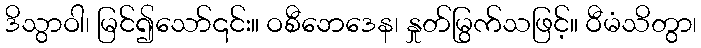
ဒိသွာဝါ၊ မြင်၍သော်၎င်း။ ဝစီဘေဒေန၊ နှုတ်မြွက်သဖြင့်။ ဝီမံသိတွာ၊